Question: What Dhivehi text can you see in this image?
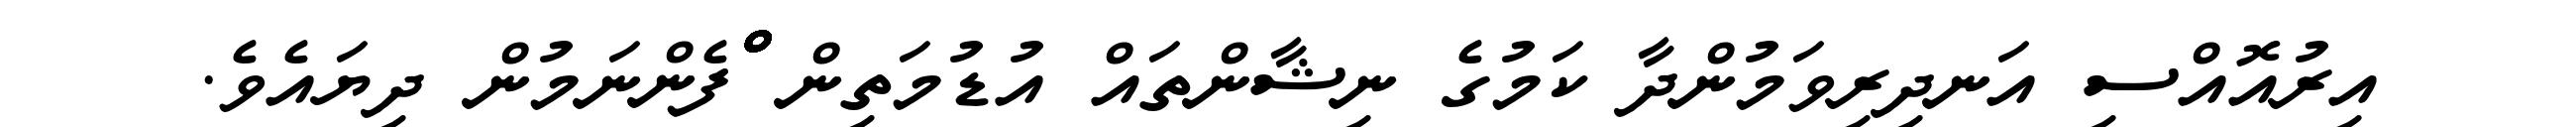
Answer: އިރުއޮއްސި އަނދިރިވަމުންދާ ކަމުގެ ނިޝާންތައް އުޑުމަތިން ްްްްްްްްްްްްްްްްްްްްްްްްްްްްްްްްްްްްްްްްްްްްްްފެންނަމުން ދިޔައެވެ.